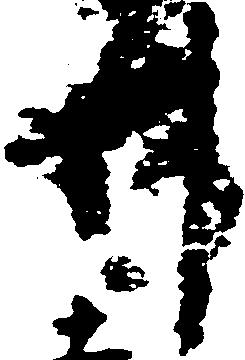
件